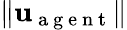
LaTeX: \| \mathbf{u}_{\mathrm{~a~g~e~n~t~}}\|